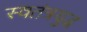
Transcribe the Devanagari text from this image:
स्वतंत्रयुद्ध